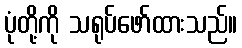
ပုံတို့ကို သရုပ်ဖော်ထားသည်။